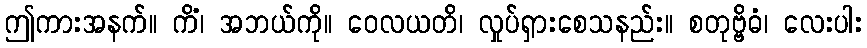
ဤကားအနက်။ ကိံ၊ အဘယ်ကို။ ဝေလယတိ၊ လှုပ်ရှားစေသနည်း။ စတုဗ္ဗိဓံ၊ လေးပါး